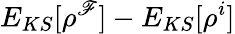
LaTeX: E_{KS}[\rho^{\mathscr{F}}]-E_{KS}[\rho^{i}]